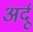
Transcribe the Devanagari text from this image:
अर्दू